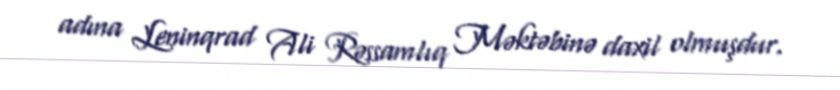
adına Leninqrad Ali Rəssamlıq Məktəbinə daxil olmuşdur.